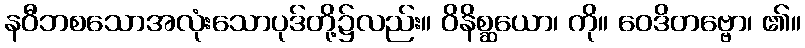
နဝီဘစသောအလုံးသောပုဒ်တို့၌လည်း။ ဝိနိစ္ဆယော၊ ကို။ ဝေဒိတဗ္ဗော၊ ၏။